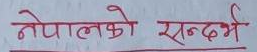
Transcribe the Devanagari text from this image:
नेपालको सन्दर्भ